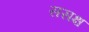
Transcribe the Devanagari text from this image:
ससक्ष